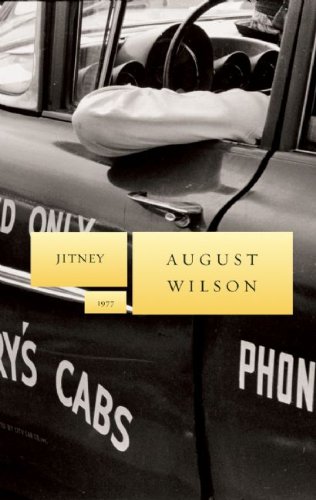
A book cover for Jitney (August Wilson Century Cycle); August Wilson; Literature & Fiction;